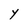
Character: Y